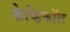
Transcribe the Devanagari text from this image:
फेव्हिकॉल